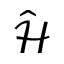
\hat { \mathcal { H } }